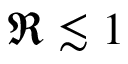
\Re \lesssim 1